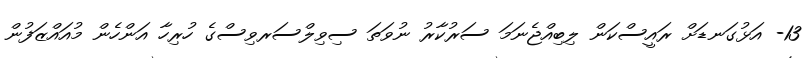
13- އަޅުގަނޑަށް ރައީސްކަން ލިބިއްޖެނަމަ ސަރުކާރު ނުވަތަ ސިވިލްސަރވިސްގެ ހުރިހާ އަންހެން މުއައްޒަފުން